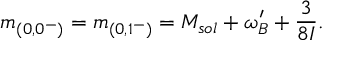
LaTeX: m _ { ( 0 , 0 ^ { - } ) } ^ { } = m _ { ( 0 , 1 ^ { - } ) } ^ { } = M _ { s o l } + \omega _ { B } ^ { \prime } + \frac { 3 } { 8 { \cal I } } .